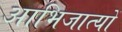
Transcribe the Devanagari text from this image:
आभिजात्यों